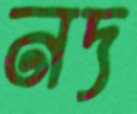
নদ